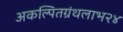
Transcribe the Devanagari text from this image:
अकल्पितग्रंथलाभ२४